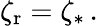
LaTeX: \zeta_{\mathrm{r}}=\zeta_{*}\, .